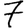
Digit: 7